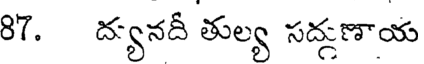
87. ద్యనదీ తుల్య సద్గణాయ